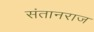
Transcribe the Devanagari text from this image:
संतानराज